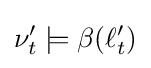
\nu '_{t}\models \beta (\ell '_{t})